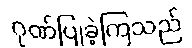
ဂုဏ်ပြုခဲ့ကြသည်